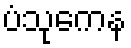
ပံသုကေန